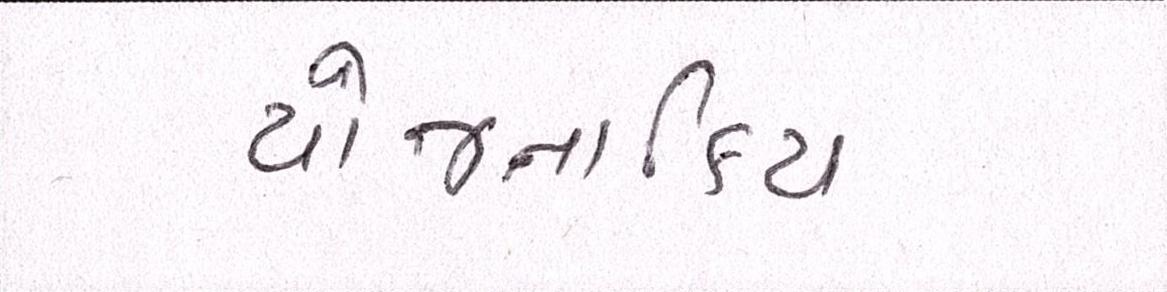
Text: યોજનાકિય